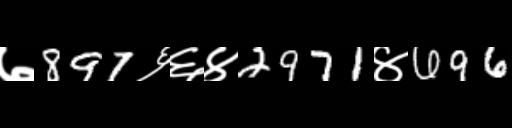
Text: ७897६६४2971४696